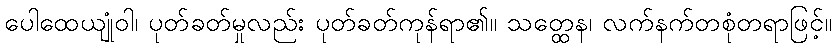
ပေါထေယျုံဝါ၊ ပုတ်ခတ်မှုလည်း ပုတ်ခတ်ကုန်ရာ၏။ သတ္ထေန၊ လက်နက်တစုံတရာဖြင့်။